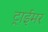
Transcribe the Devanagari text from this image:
ट्राईमर